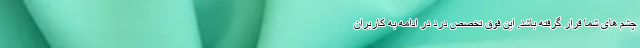
چشم های شما قرار گرفته باشد. این فوق تخصص درد در ادامه به کاربران